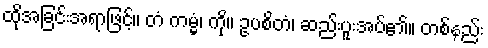
ထိုအခြင်းအရာဖြင့်။ တံ ကမ္မံ၊ ကို။ ဥပစိတံ၊ ဆည်းပူးအပ်၏။ တစ်နည်း